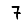
Digit: 7